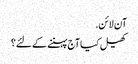
آن لائن.
کھیل کیا آج پہننے کے لئے؟